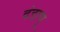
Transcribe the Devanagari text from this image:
दंडाणू